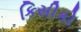
કિસીકો